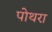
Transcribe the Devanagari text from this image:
पोथरा